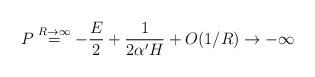
LaTeX: \begin{align*}P \buildrel{R \to \infty}\over= -{E \over 2} +{1 \over {2 \alpha' H}} + O(1/R)\to -\infty\end{align*}